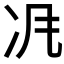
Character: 𠖵